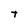
Character: t